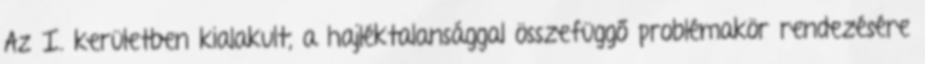
Az I. kerületben kialakult, a hajléktalansággal összefüggő problémakör rendezésére